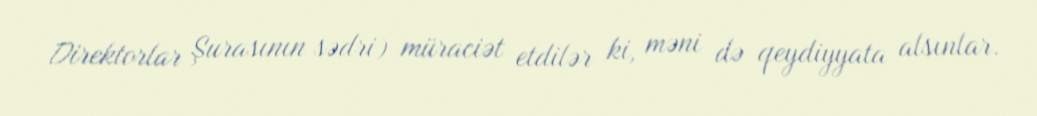
Direktorlar Şurasının sədri) müraciət etdilər ki, məni də qeydiyyata alsınlar.